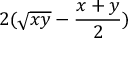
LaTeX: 2 ( { \sqrt { x y } } - { \frac { x + y } { 2 } } )